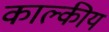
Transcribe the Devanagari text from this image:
काल्कीय